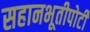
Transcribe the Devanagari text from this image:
सहानभूतीपोटी